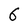
Character: 6